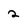
Character: 2